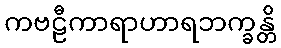
ကဗဠီကာရာဟာရဘက္ခန္တိ